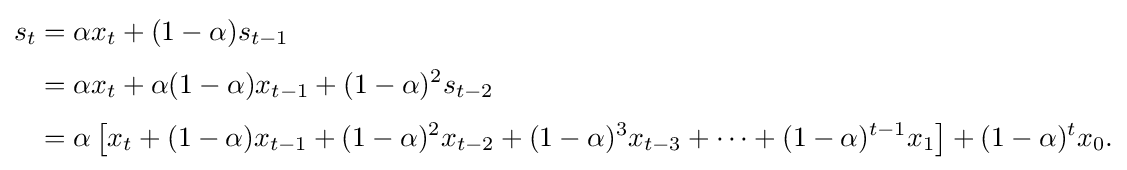
{\begin{aligned}s_{t}&=\alpha x_{t}+(1-\alpha )s_{t-1}\\[3pt]&=\alpha x_{t}+\alpha (1-\alpha )x_{t-1}+(1-\alpha )^{2}s_{t-2}\\[3pt]&=\alpha \left[x_{t}+(1-\alpha )x_{t-1}+(1-\alpha )^{2}x_{t-2}+(1-\alpha )^{3}x_{t-3}+\cdots +(1-\alpha )^{t-1}x_{1}\right]+(1-\alpha )^{t}x_{0}.\end{aligned}}